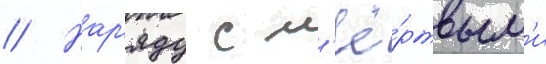
// Нар'яду с м'ё́ртвым'и